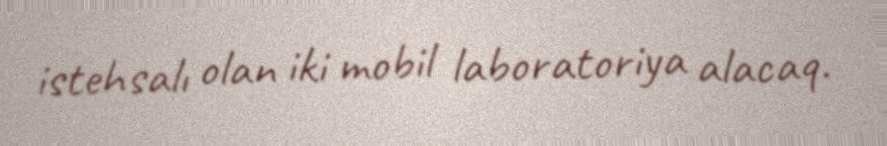
istehsalı olan iki mobil laboratoriya alacaq.